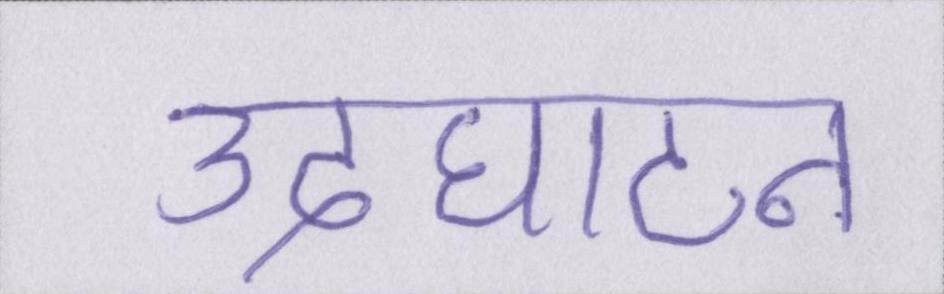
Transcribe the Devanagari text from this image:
उदघाटन